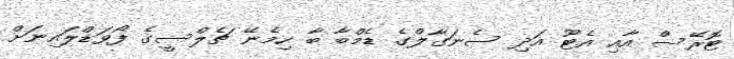
ޓޮރޭސް އާއި އެޓޫ އަދި ސެނަގާލްގެ ޑެމްބާ ބާ ހިމެނޭ ޗެލްސީގެ ފޯވަޑްލައިނަށް